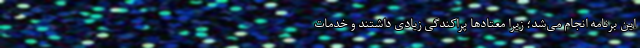
این برنامه انجام می‌شد؛ زیرا معتادها پراکندگی زیادی داشتند و خدمات